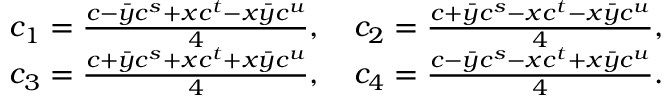
\begin{array} { r l } & { c _ { 1 } = \frac { c - \bar { y } c ^ { s } + x c ^ { t } - x \bar { y } c ^ { u } } { 4 } , \quad c _ { 2 } = \frac { c + \bar { y } c ^ { s } - x c ^ { t } - x \bar { y } c ^ { u } } { 4 } , } \\ & { c _ { 3 } = \frac { c + \bar { y } c ^ { s } + x c ^ { t } + x \bar { y } c ^ { u } } { 4 } , \quad c _ { 4 } = \frac { c - \bar { y } c ^ { s } - x c ^ { t } + x \bar { y } c ^ { u } } { 4 } . } \end{array}